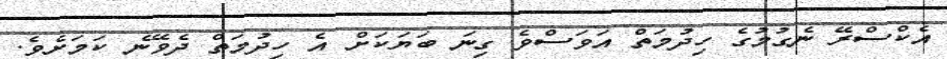
އެކްސްރޭ ނެގުމުގެ ހިދުމަތް އަވަސްވެ ގިނަ ބަޔަކަށް އެ ހިދުމަތް ދެވޭނެ ކަމަށެވެ.